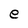
Character: e